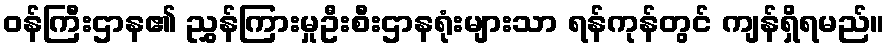
ဝန်ကြီးဌာန၏ ညွှန်ကြားမှုဦးစီးဌာနရုံးများသာ ရန်ကုန်တွင် ကျန်ရှိရမည်။